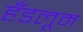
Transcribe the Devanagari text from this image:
हँडलूम